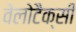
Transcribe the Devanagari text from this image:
वेलोटैक्सी